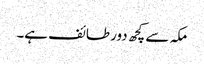
مکہ سے کچھ دور طائف ہے۔